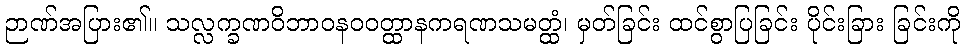
ဉာဏ်အပြား၏။ သလ္လက္ခဏဝိဘာဝနဝဝတ္ထာနကရဏသမတ္ထံ၊ မှတ်ခြင်း ထင်စွာပြခြင်း ပိုင်းခြား ခြင်းကို